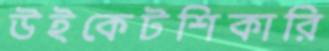
উইকেটশিকারি